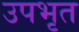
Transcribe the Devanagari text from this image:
उपभृत